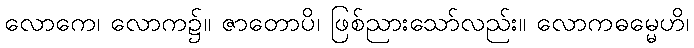
လောကေ၊ လောက၌။ ဇာတောပိ၊ ဖြစ်ညားသော်လည်း။ လောကဓမ္မေဟိ၊